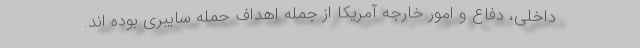
داخلی، دفاع و امور خارجه آمریکا از جمله اهداف حمله سایبری بوده اند.